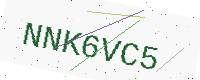
Text: NNK6VC5